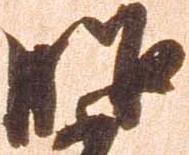
昭